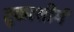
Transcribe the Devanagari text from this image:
तुकाशीयं